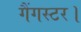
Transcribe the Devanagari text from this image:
गैंगस्टर।